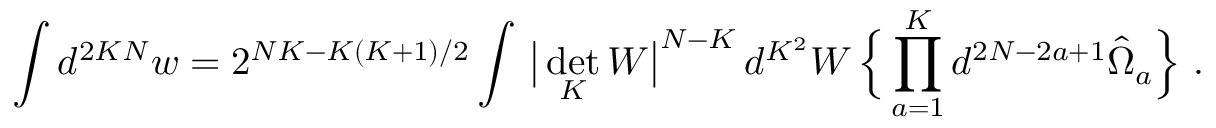
\int d ^ { 2 K N } w = 2 ^ { N K - K ( K + 1 ) / 2 } \int \, \big | \operatorname * { d e t } _ { K } W \big | ^ { N - K } \, d ^ { K ^ { 2 } } W \, \Big \{ \prod _ { a = 1 } ^ { K } d ^ { 2 N - 2 a + 1 } \hat { \Omega } _ { a } \Big \} \ .